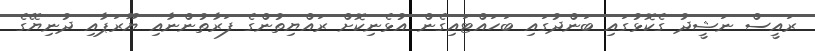
ރައީސް ނަޝީދު ގެކޮޅުގައި ބަންދުގައި ބަހައްޓައިގެން އުޅެނިކޮށް ރައްޔިތުންގެ ފަރާތުންނާއި ޔޫރަޕާއި ދުނިޔޭގެ